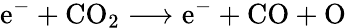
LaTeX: \mathrm{e}^{-}+\mathrm{CO}_{2}\longrightarrow\mathrm{e}^{-}+\mathrm{CO}+\mathrm{O}